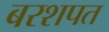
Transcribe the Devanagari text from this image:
बरशपत